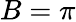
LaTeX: B=\pi